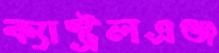
ক্যাস্ট্রলএঞ্জ